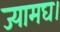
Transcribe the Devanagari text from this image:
ज्यामघ।